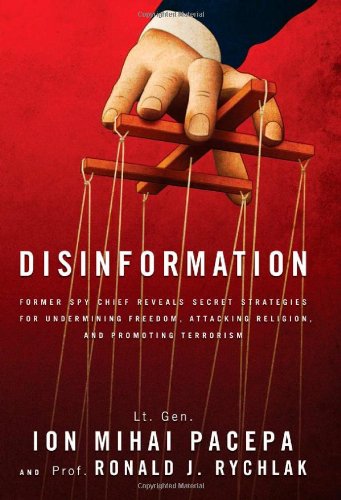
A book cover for Disinformation: Former Spy Chief Reveals Secret Strategies for Undermining Freedom, Attacking Religion, and Promoting Terrorism; Ronald Rychlak; History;